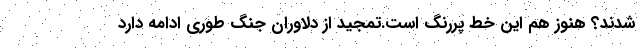
شدند؟ هنوز هم این خط پررنگ است.تمجید از دلاوران جنگ طوری ادامه دارد